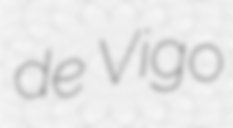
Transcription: de Vigo